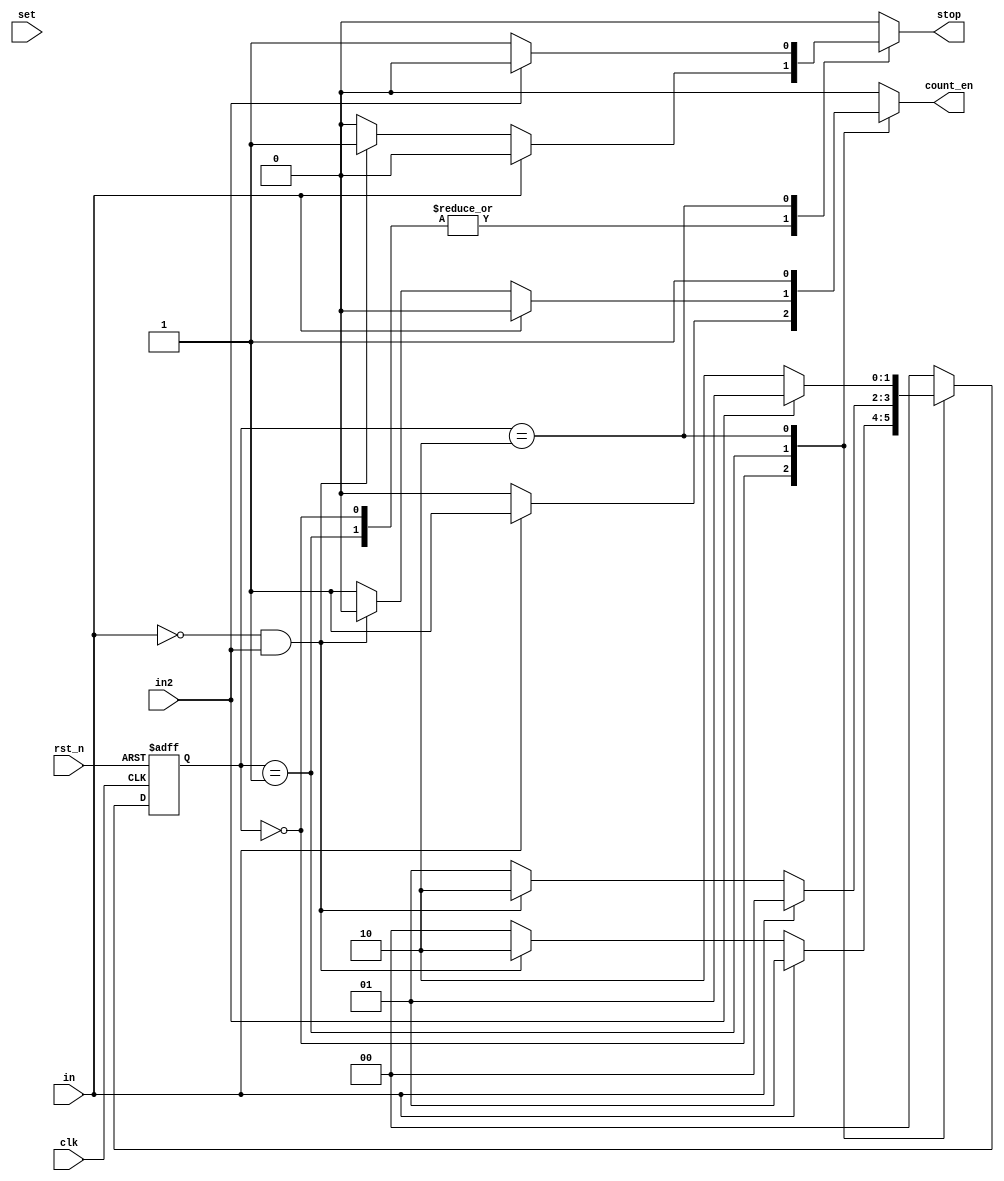
module FSM_pause_start(in, rst_n, count_en, set, in2, stop, clk);
    input set;
    input in;
    input rst_n;
    input in2;
    input clk;
    output reg count_en;
    output reg stop;
    reg [1:0]state;
    reg [1:0]next_state;
    
        
        always @*
            case (state)
                2'b00:
                if (in) begin
                    next_state = 2'b01;
                    count_en = 1'b1;
                    stop = 1'b0;
                end
                else if (~in && in2) begin
                    next_state = 2'b10;
                    count_en = 1'b0;
                    stop = 1'b1;
                end
                else begin
                    next_state = 1'b0;
                    count_en = 1'b0;
                    stop = 1'b0;
                end
                2'b01:
                    if (in) begin
                        next_state = 2'b00;
                        count_en = 1'b0;
                        stop = 1'b0;
                    end
                    else if (~in && in2) begin
                        next_state = 2'b10;
                        count_en = 1'b0;
                        stop = 1'b1;
                    end
                    else begin
                        next_state = 2'b01;
                        count_en = 1'b1;
                        stop = 1'b0;
                    end
                2'b10:
                    if (in2) begin
                        next_state = 2'b01;
                        count_en = 1'b1;
                        stop = 1'b0;
                    end
                    else begin
                        next_state = 2'b10;
                        count_en = 1'b1;
                        stop = 1'b1;
                    end
                default:
                    begin
                        next_state = 1'b0;
                        count_en = 1'b0;
                        stop = 1'b0;
                    end
            endcase

        
    always@(posedge clk or negedge rst_n)
        if (~rst_n) state <= 2'b00;
        else state <= next_state;
         
endmodule